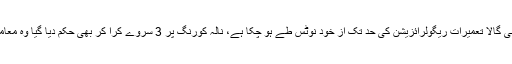
انہوں نے کہا کہ بنی گالا تعمیرات ریگولرائزیشن کی حد تک از خود نوٹس طے ہو چکا ہے، نالہ کورنگ پر 3 سروے کرا کر بھی حکم دیا گیا وہ معاملہ بھی طے ہو گیا۔